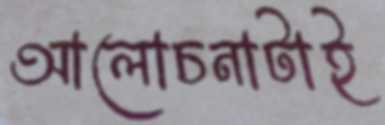
আলোচনাটাই